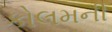
કોલમની